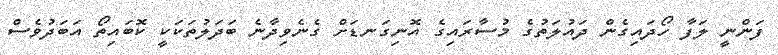
ފަންނީ ލަފާ ހޯދައިގެން ދައުލަތުގެ މުސާރައިގެ އޮނިގަނޑަށް ގެނެވިދާނެ ބަދަލުތަކަކީ ކޮބައިތޯ އަބަދުވެސް